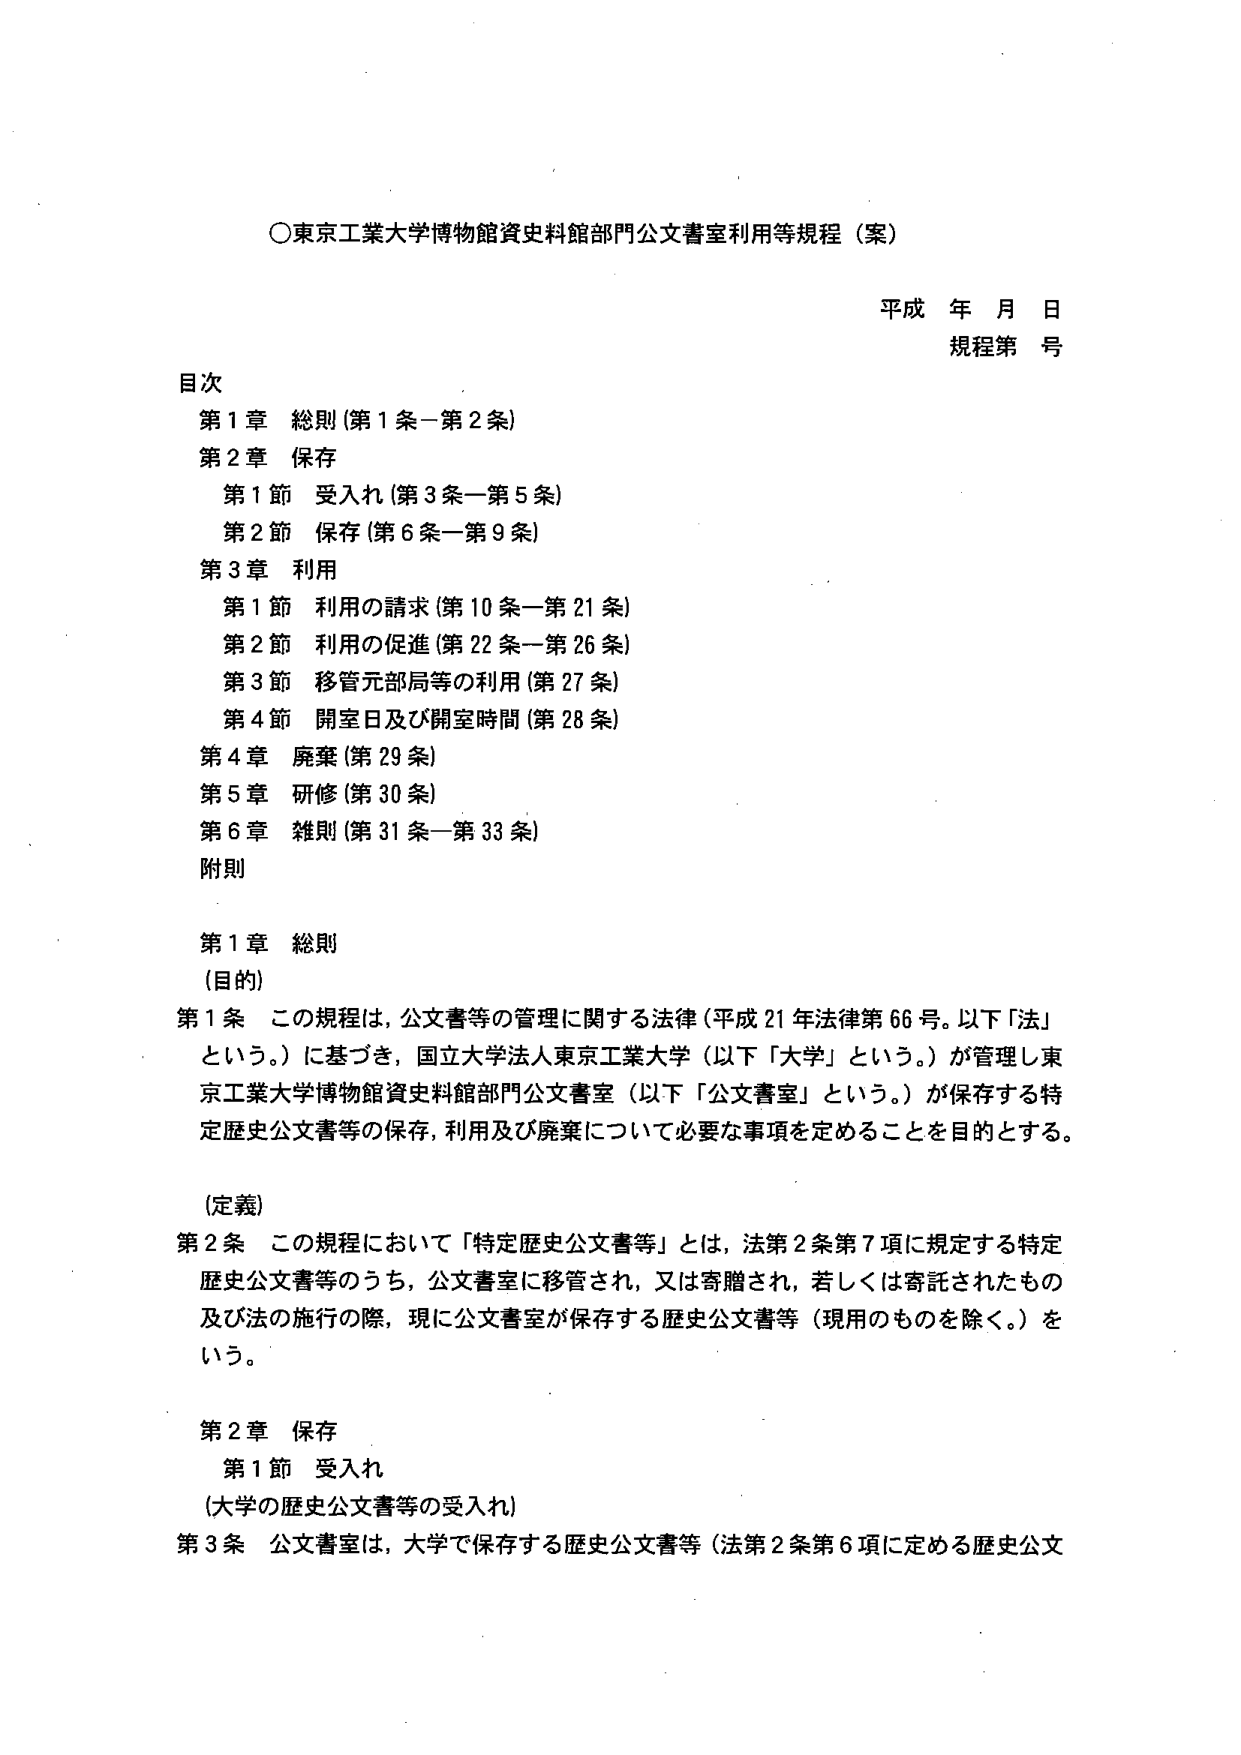
○東京工業大学博物館資料館部門公文書室利用等規程（案）

平成 年 月 日
規程第 号

目次
第1章 総則（第1条－第2条）
第2章 保存
　第1節 受入れ（第3条－第5条）
　第2節 保存（第6条－第9条）
第3章 利用
　第1節 利用の請求（第10条－第21条）
　第2節 利用の促進（第22条－第26条）
　第3節 移管元部局等の利用（第27条）
　第4節 開室日及び開室時間（第28条）
第4章 廃棄（第29条）
第5章 研修（第30条）
第6章 雑則（第31条－第33条）
附則

第1章 総則
（目的）
第1条 この規程は、公文書等の管理に関する法律（平成21年法律第66号。以下「法」という。）に基づき、国立大学法人東京工業大学（以下「大学」という。）が管理し東京工業大学博物館資料館部門公文書室（以下「公文書室」という。）が保存する特定歴史公文書等の保存、利用及び廃棄について必要な事項を定めることを目的とする。

（定義）
第2条 この規程において「特定歴史公文書等」とは、法第2条第7項に規定する特定歴史公文書等のうち、公文書室に移管され、又は寄贈され、若しくは寄託されたもの及び法の施行の際、現に公文書室が保存する歴史公文書等（現用のものを除く。）をいう。

第2章 保存
第1節 受入れ
（大学の歴史公文書等の受入れ）
第3条 公文書室は、大学で保存する歴史公文書等（法第2条第6項に定める歴史公文